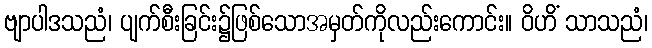
ဗျာပါဒသညံ၊ ပျက်စီးခြင်း၌ဖြစ်သောအမှတ်ကိုလည်းကောင်း။ ဝိဟိံ သာသညံ၊